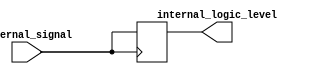
module io_block_ecl_buffer (
    input external_signal,
    output internal_logic_level
);

reg internal_logic_level_reg;

assign internal_logic_level = internal_logic_level_reg;

always @ (posedge external_signal)
    internal_logic_level_reg <= external_signal;

endmodule